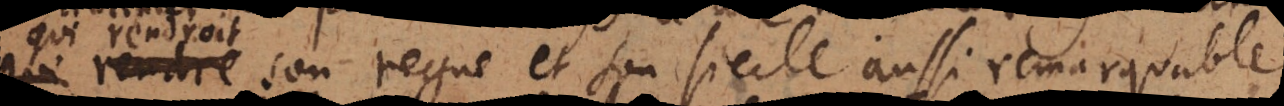
t son regne et son siecle aussi remarquable